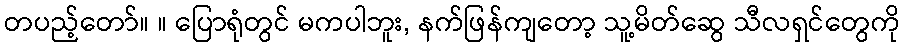
တပည့်တော်။ ။ ပြောရုံတွင် မကပါဘူး, နက်ဖြန်ကျတော့ သူ့မိတ်ဆွေ သီလရှင်တွေကို